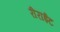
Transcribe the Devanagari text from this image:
रीराईट